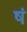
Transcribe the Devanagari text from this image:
षं